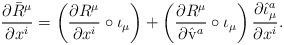
LaTeX: \begin{align*}\frac{\partial \bar {R}^\mu}{\partial x^i} = \left(\frac{\partial {R}^\mu}{\partial x^i} \circ\iota_\mu\right) + \left( \frac{\partial {R}^\mu}{\partial \hat{\rm v}^a} \circ\iota_\mu\right) \frac{\partial {\hat\iota}^a_\mu}{\partial x^i}.\end{align*}